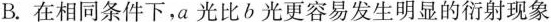
B.在相同条件下，a光比b光更容易发生明显的衍射现象